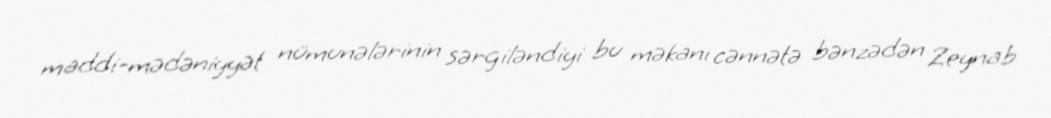
maddi-mədəniyyət nümunələrinin sərgiləndiyi bu məkanı cənnətə bənzədən Zeynab